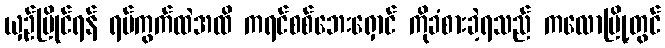
ယှဉ်ပြိုင်ရန် ရပ်ကွက်ထဲအထိ ကရင်စစ်ဘေးရှောင် ကိုခံစားခဲ့ရသည် ကလောမြို့တွင်